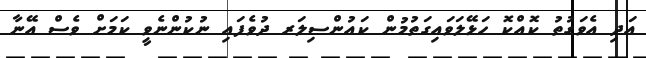
އަދި އެވަގުތު ކޮއްކޮ ހަޅޭލަވައިގަތުމުން ކައުންސިލަރ ދުވެފައި ނުކުންނެވީ ކަމަށް ވެސް އޭނާ